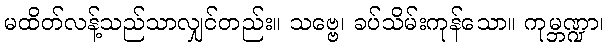
မထိတ်လန့်သည်သာလျှင်တည်း။ သဗ္ဗေ၊ ခပ်သိမ်းကုန်သော။ ကုမ္ဘဏ္ဍာ၊